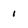
Character: i